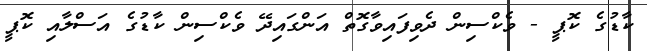
ކާޑުގެ ކޮޕީ - ވެކްސިން ދެވިފައިވާގޮތް އަންގައިދޭ ވެކްސިން ކާޑުގެ އަސްލާއި ކޮޕީ